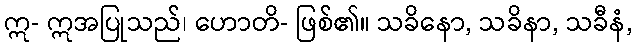
ဣ- ဣအပြုသည်၊ ဟောတိ- ဖြစ်၏။ သခိနော, သခိနာ, သခီနံ,